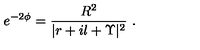
e ^ { - 2 \phi } = \frac { R ^ { 2 } } { | r + i l + \Upsilon | ^ { 2 } } \ .